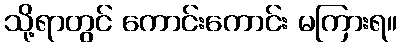
သို့ရာတွင် ကောင်းကောင်း မကြားရ။